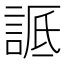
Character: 𬢬